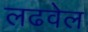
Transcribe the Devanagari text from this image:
लढवेल